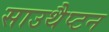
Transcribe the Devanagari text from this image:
साउथैप्टन